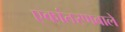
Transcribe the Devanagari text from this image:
एकांतरणवाले